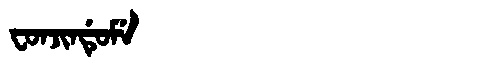
Manchu: ᠸᠣᠨᠵᡳᠨᡩᡠᠮᡝ
Romanization: FONJINDUME